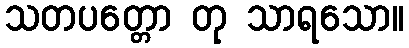
သတပတ္တော တု သာရသော။